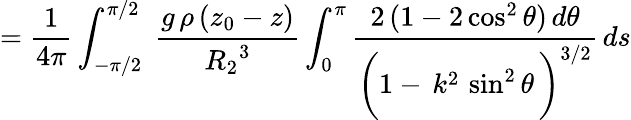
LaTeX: =\frac{1}{4\pi}\int_{-\pi/2}^{\pi/2}\; \frac{g\, \rho\, (z_{0}-z)}{{R_{2}}^{3}}\int_{0}^{\pi}\frac{2\, (1-2\cos^{2}\theta)\, d\theta}{\bigg(1-\, k^{2}\, \sin^{2}\theta\, \bigg)^{3/2}}\, ds